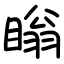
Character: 瞈